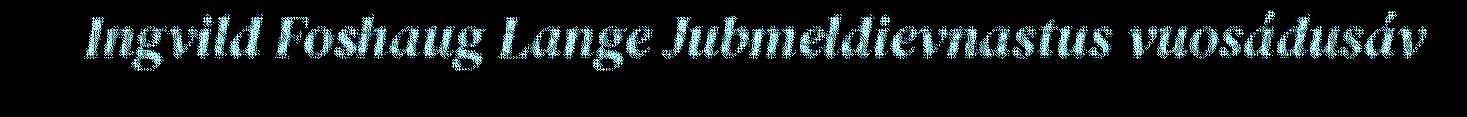
Ingvild Foshaug Lange Jubmeldievnastus vuosádusáv